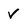
Character: V